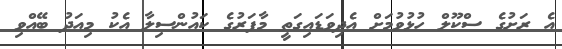
އެ ރަށުގެ ސްކޫލް ހުޅުވުމަށް އެދިވަޑައިގަތީ މާފަރުގެ ކައުންސިލާ އެކު މިއަދު ބޭއްވި